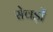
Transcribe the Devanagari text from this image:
सेवड़ों